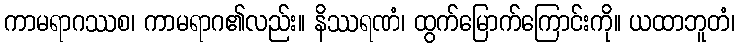
ကာမရာဂဿစ၊ ကာမရာဂ၏လည်း။ နိဿရဏံ၊ ထွက်မြောက်ကြောင်းကို။ ယထာဘူတံ၊